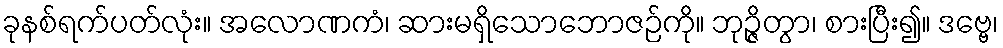
ခုနစ်ရက်ပတ်လုံး။ အလောဏကံ၊ ဆားမရှိသောဘောဇဉ်ကို။ ဘုဉ္ဇိတွာ၊ စားပြီး၍။ ဒဗ္ဗေ၊